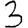
Digit: 3